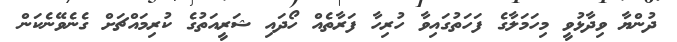
ދުންޔާ ވިދާޅުވީ މިހަމަލާގެ ފަހަތުގައިވާ ހުރިހާ ފަރާތެއް ހޯދައި ޝަރީއަތުގެ ކުރިމައްޗަށް ގެނެވޭނެކަން